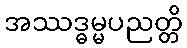
အဿဒ္ဓမ္မပညတ္တိ